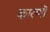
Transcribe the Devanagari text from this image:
कारणॊ